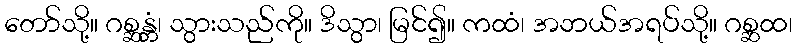
တော်သို့။ ဂစ္ဆန္တံ၊ သွားသည်ကို။ ဒိသွာ၊ မြင်၍။ ကထံ၊ အဘယ်အရပ်သို့။ ဂစ္ဆထ၊